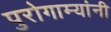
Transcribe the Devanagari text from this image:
पुरोगाम्यांनी